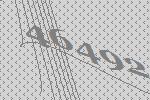
46492